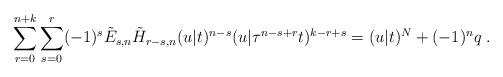
LaTeX: \begin{align*}\sum_{r=0}^{n+k}\sum_{s=0}^{r}(-1)^{s}\tilde{E}_{s,n}\tilde{H}_{r-s,n}(u|t)^{n-s}(u|\tau ^{n-s+r}t)^{k-r+s}=(u|t)^{N}+(-1)^{n}q\;.\end{align*}